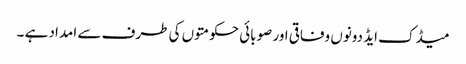
میڈک ایڈ دونوں وفاقی اور صوبائی حکومتوں کی طرف سے امداد ہے ۔